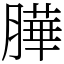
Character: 𦠜